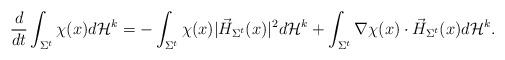
LaTeX: \begin{align*}\frac{d}{dt} \int_{\Sigma^t} \chi(x) d\mathcal{H}^k = -\int_{\Sigma^t} \chi(x) |\vec{H}_{\Sigma^t}(x)|^2 d\mathcal{H}^k + \int_{\Sigma^t} \nabla \chi(x) \cdot \vec{H}_{\Sigma^t}(x) d\mathcal{H}^k.\end{align*}